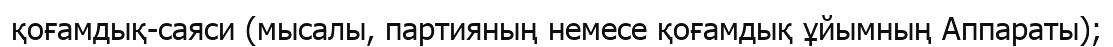
қоғамдық-саяси (мысалы, партияның немесе қоғамдық ұйымның Аппараты);